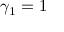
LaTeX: \gamma _ { 1 } = 1